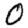
Digit: 0